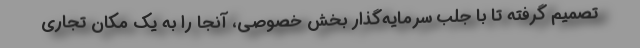
تصمیم گرفته تا با جلب سرمایه‌گذار بخش خصوصی، آنجا را به یک مکان تجاری